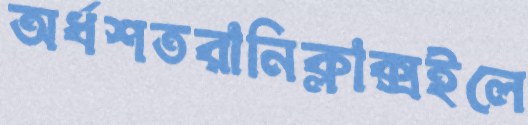
অর্ধশতরানিক্লাক্সইলে